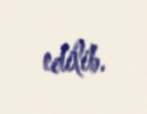
edilib.